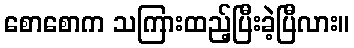
စောစောက သကြားထည့်ပြီးခဲ့ပြီလား။